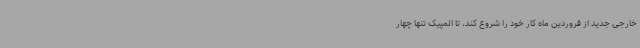
خارجی جدید از فروردین ماه کار خود را شروع کند، تا المپیک تنها چهار